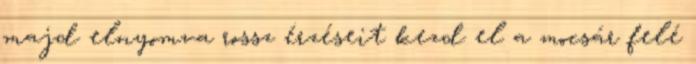
majd elnyomva rossz érzéseit kezd el a mocsár felé